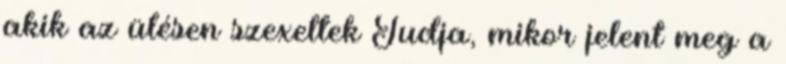
akik az ülésen szexeltek Tudja, mikor jelent meg a